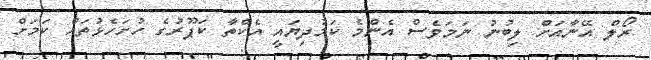
ރޯލް އޭނާއަށް ލިބުނު ނަމަވެސް އެންމެ ކަމުދިޔައީ އެކްތާ ކަޕޫރުގެ ހުށަހެޅުތައް ކަމަށް